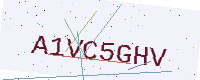
Text: A1VC5GHV